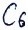
Text: C6